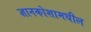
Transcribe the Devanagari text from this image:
ज्ञानकोशामधील